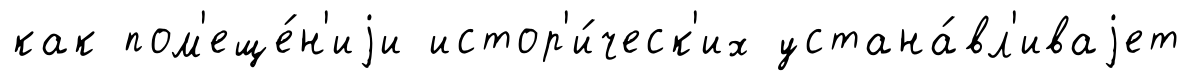
как пом'еще́н'иjи истор'и́ческ'их устана́вл'иваjет